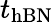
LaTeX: t_{\mathrm{hBN}}